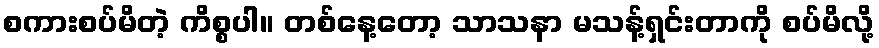
စကားစပ်မိတဲ့ ကိစ္စပါ။ တစ်နေ့တော့ သာသနာ မသန့်ရှင်းတာကို စပ်မိလို့